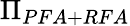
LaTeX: \Pi_{PFA+RFA}